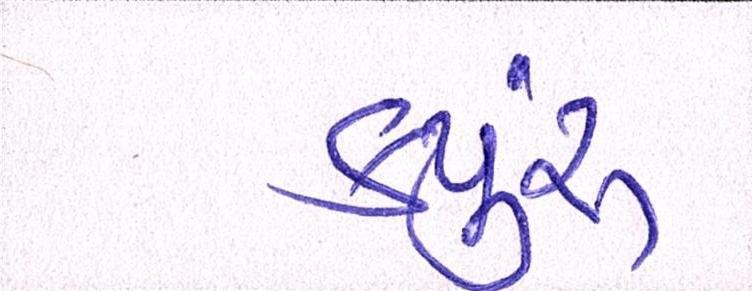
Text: કયુંર્